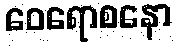
ဝေရောစနော